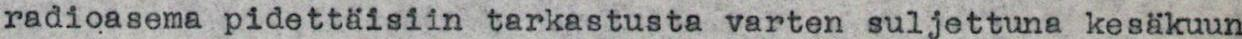
radioasema pidettäisiin tarkastusta varten suljettuna kesäkuun